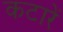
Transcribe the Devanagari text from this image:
कटारें